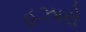
હઝારો